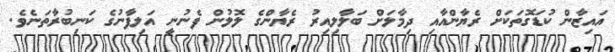
އައިޒާން ކުޑަގޮތަކަށް ރެޔާންއާއި ދިމާލަށް ބަލާލިއިރު ރެޔާންގެ ލޮލުން ފެނުނީ އަލިފާނުގެ ކަނިބުރާތަނެވެ.